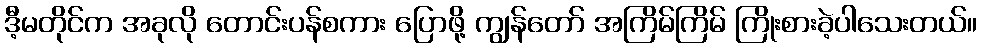
ဒီ့မတိုင်က အခုလို တောင်းပန်စကား ပြောဖို့ ကျွန်တော် အကြိမ်ကြိမ် ကြိုးစားခဲ့ပါသေးတယ်။